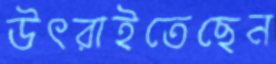
উৎরাইতেছেন